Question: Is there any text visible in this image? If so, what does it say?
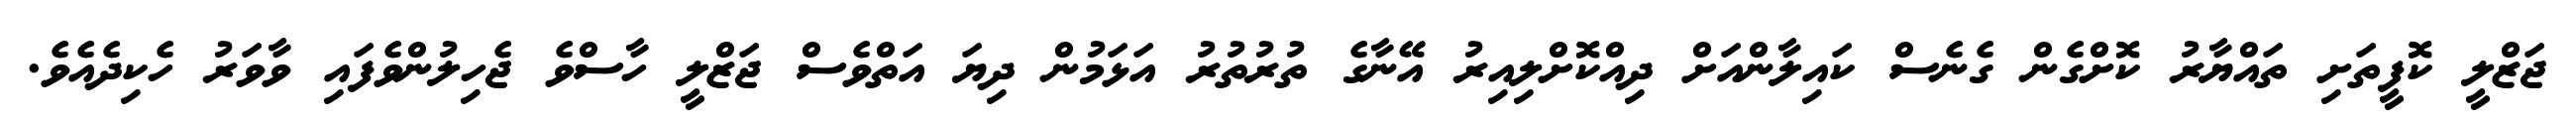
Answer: ޖަޒްލީ ކޮފީތަށި ތައްޔާރު ކޮށްގެން ގެނެސް ކައިލާންއަށް ދިއްކޮށްލިއިރު އޭނާގެ ތުރުތުރު އަޅަމުން ދިޔަ އަތްވެސް ޖަޒްލީ ހާސްވެ ޖެހިލުންވެފައި ވާވަރު ހެކިދެއެވެ.